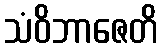
သံဝိဘာဇေတိ